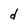
Character: d